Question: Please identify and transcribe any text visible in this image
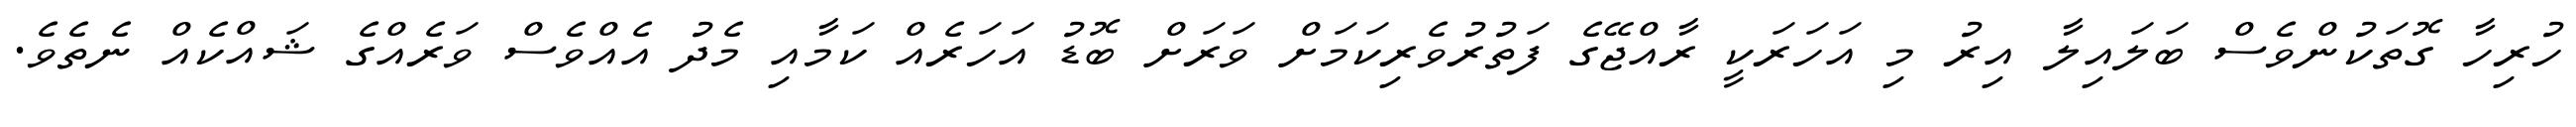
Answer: ހުރިހާ ގޮތަކުންވެސް ބަލައިލާ އިރު މި އަހަރަކީ ރާއްޖޭގެ ފަތުރުވެރިކަމަށް ވަރަށް ބޮޑު އަހަރެއް ކަމާއި މެދު އެއްވެސް ވަރެއްގެ ޝައްކެއް ނެތެވެ.